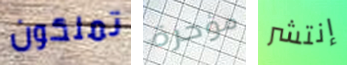
تملكون مؤخرة إنتشر